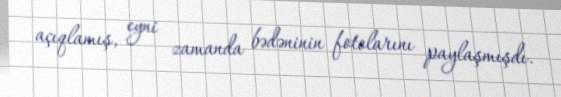
açıqlamış, eyni zamanda bədəninin fotolarını paylaşmışdı.